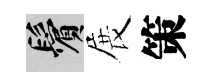
鬢展策